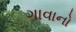
ગાવાનો